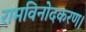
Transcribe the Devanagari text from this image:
रामविनोदकरण।